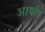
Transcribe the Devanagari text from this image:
आर्याप